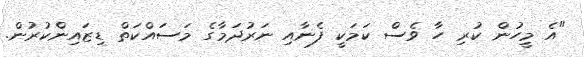
"އެ މީހުން ކުރި ހާ ވެސް ކަމަކީ ފެނާއި ނަރުދަމާގެ މަސައްކަތް ޑިޒައިންކުރުން.